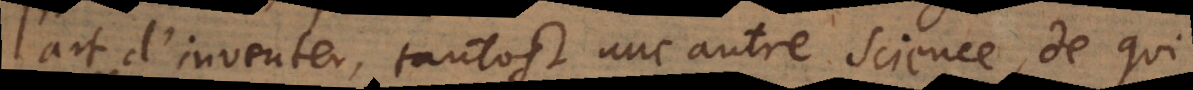
l’art d’inventer, tantost une autre science, de qui